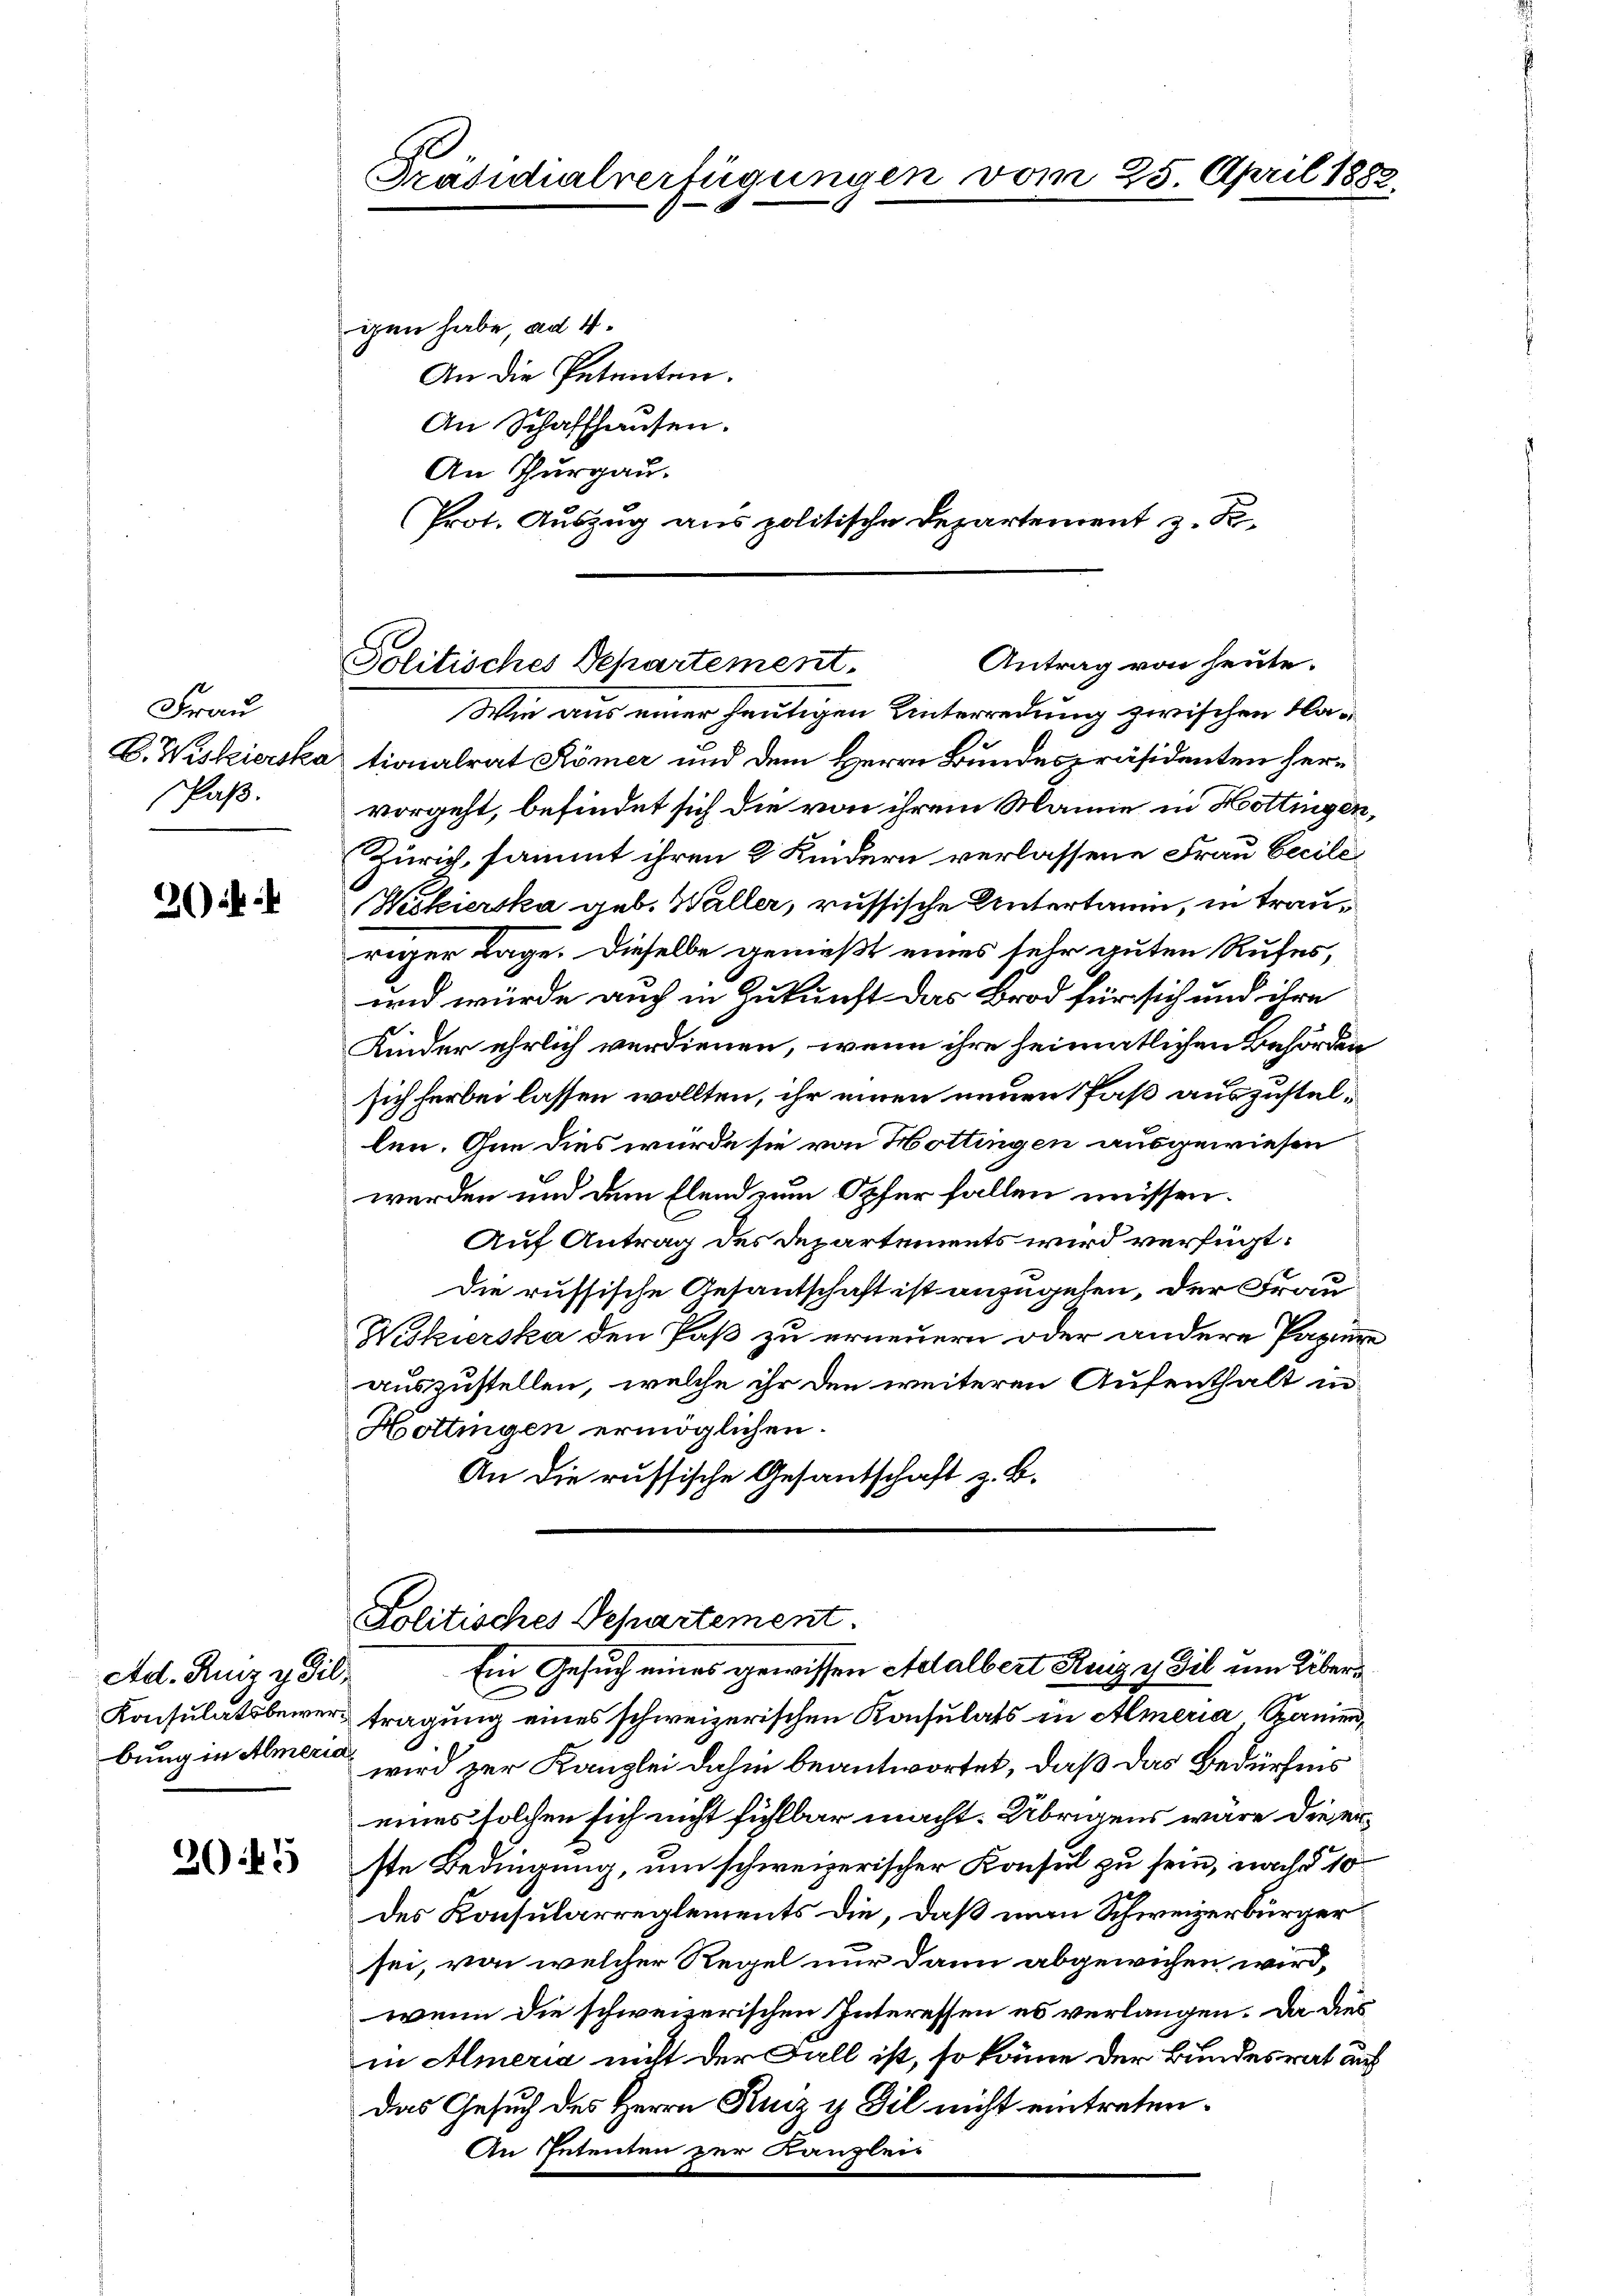
Frau
Paß.

2):

Ad. Kurz y Fil
bung in Almerie

3045

Präsidialverfügungen vom 25. April 1882

gen habe, ad 4.
An die Petenten.
An Schaffhausen.
An Thurgau.
Prot. Auszug aus politische Departement z. B.

Antrag von heute.
Politisches Departement.

Wie aus einer heutigen Unterredung zwischen Na¬
B.Wiskierskationalrat Römer und dem Herrn Bundespräsidenten hervorgeht, befindet sich die von ihrem Manne in Hottingen,
Zürich, sammt ihren 2 Kindern verlassene Frau becili¬
Wiskierska geb. Waller, russische Untertanen, in trauriger Lage. Dieselbe genießt eines sehr guten Rufes,
wid würde auch in Zukunft das Brod für sich und ihre
Kinder ehrlich verdienen, wenn ihre heimatlichen Behörden
sich herbei lassen wollten, ihr einen neuen Paß auszustellen. Inn dies wurde sie von Hottingen ausgewiesen
werden und dem Elend zum Opfer fallen müssen.
Auf Antrag des Departements wird verfügt:
Die russische Gesandschaft ist anzugehen, der Frau
Niskierska den Paß zu erneuern oder andere Papiere
auszustellen, welche ihr den weiteren Aufenthalt in
Hottingen ermöglichen.
An die russische Gesantschaft z. B.

Politisches Departement.
Ein Gesuch eines gewissen Adalbert Ruiz y dil um Über¬

Konsulatsbewer tragung eines schweizerischen Konsulats in Almeria Spanien,
wird zur Kanzlei dahin beantwortet, daß das Bedürfens
eines solchen sich nicht fühlbar macht. Übrigens wäre die erste Bedingung, um schweizerischer Konsul zu sein, nach § 10
des Konsularreglements die, daß man Schweizerbürger
sei, von welcher Regel nur dann abgewichen wird,
wenn die schweizerischen Interessen es verlangen. Da dies
in Ameria nicht der Fall ist, so könne der Bundesrat auf
das Gesuch des Herrn Kunz y Fil nicht eintreten.
An Petenten der Kanzleis